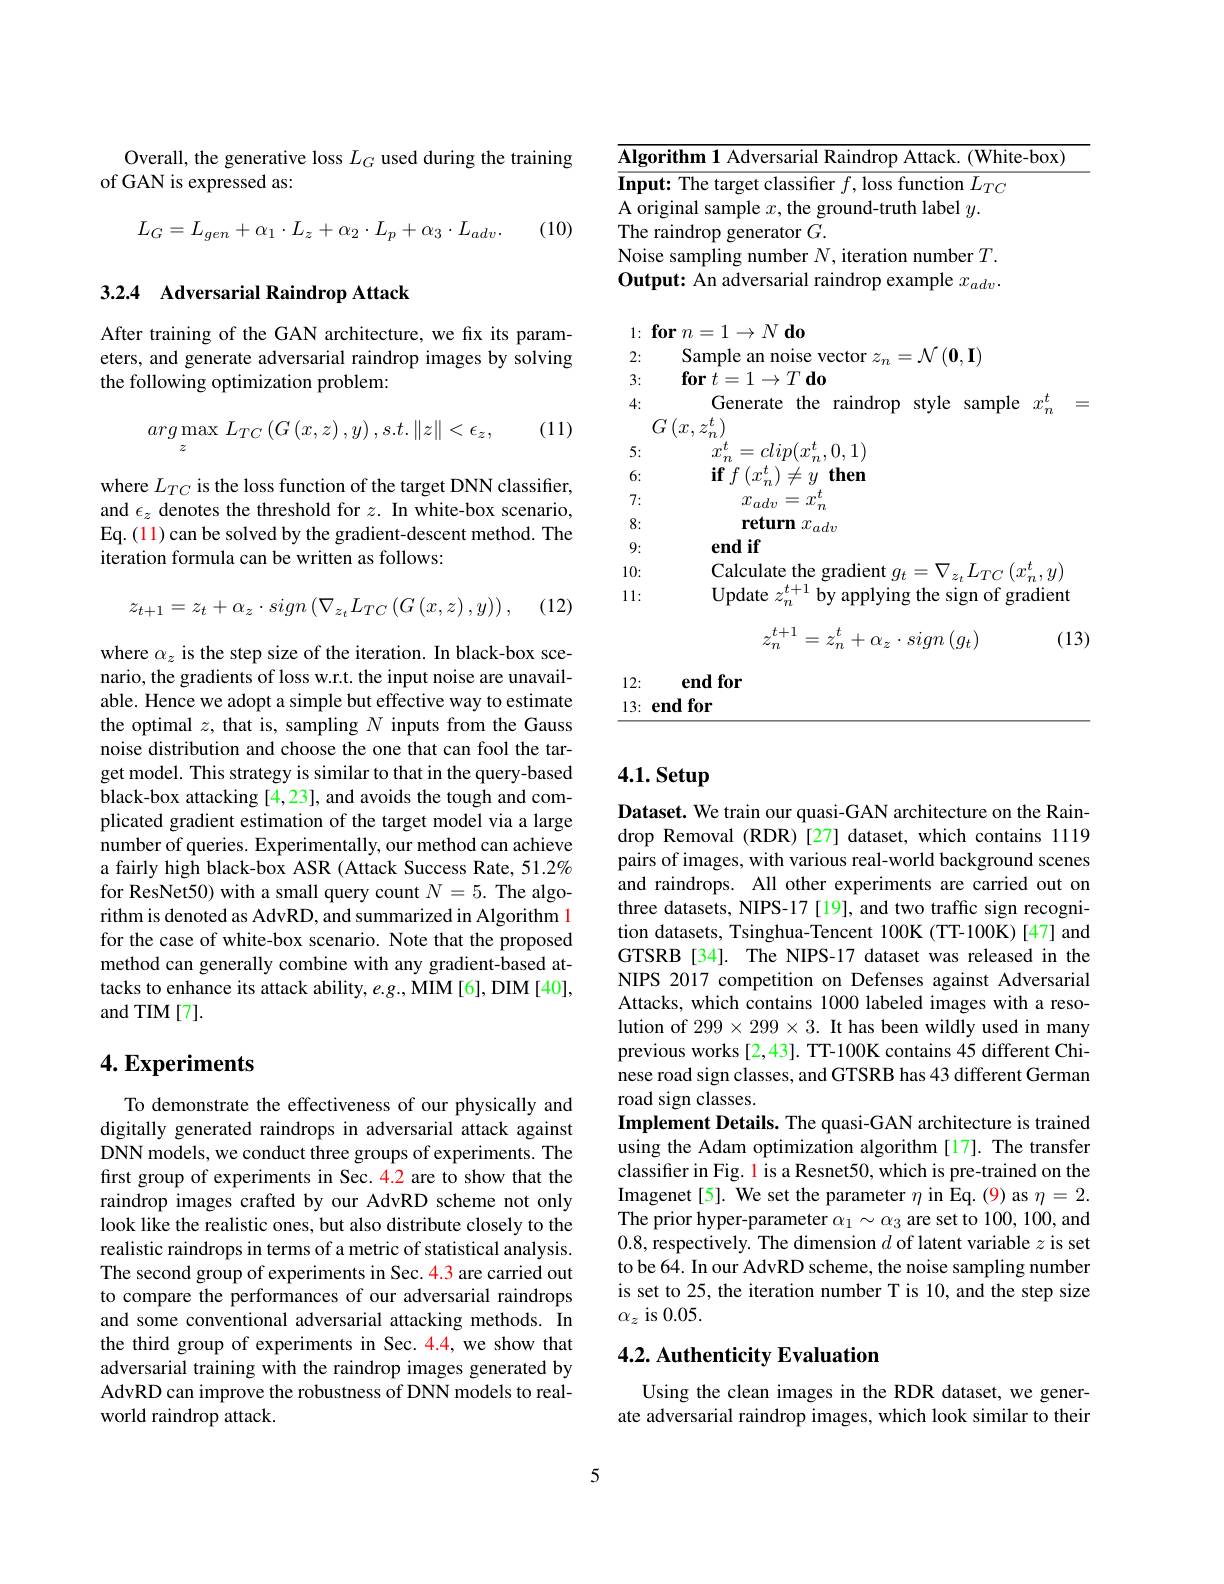
Algorithm 1 Adversarial Raindrop Attack. (White-box)
$\overline{\textbf{Input: The target classiffer }f,\text{loss function }L_{TC}}$
A original sample $x$,the ground-truth label $y.$
The raindrop generator $G.$
Noise sampling number $N$, iteration number $T.$ Output: An adversarial raindrop example $x_{adv}.$

$1\nobreak {: } \textbf{for}n= 1\to N\textbf{do}$

2:

Sample an noise vector $z_n=\mathcal{N}\left(\mathbf{0},\mathbf{I}\right)$

$\textbf{for}t= 1\to T\textbf{do}$

3:

4:

Generate the raindrop style sample $x_n^t=$

$G\left(x,z_{n}^{t}\right)_{\star}$

5:

6:

$x_{n}^{t}=clip(x_{n}^{t},0,1)$ $\textbf{if}^{^{^{\prime}}}f\left(x_{n}^{t}\right)\neq y$ then
$x_{adv}=\bar{x_n^t}$ return $x_{adv}$
end if

7:

8:

9:

10:

$\mathop{\mathrm{Calculate~the~gradient~}}g_{t}=\nabla_{z_{t}}L_{TC}\left(x_{n}^{t},y\right)$ Update $z_n^{t+1}$ by applying the sign of gradient

11:
$$z_n^{t+1}=z_n^t+\alpha_z\cdot sign\left(g_t\right)$$
(13)

end for

12:

13: end for

Overall, the generative loss $L_G$ used during the training
of GAN is expressed as:
$$L_G=L_{gen}+\alpha_1\cdot L_z+\alpha_2\cdot L_p+\alpha_3\cdot L_{adv}.$$
(10)

## 3.2.4 Adversarial Raindrop Attack

After training of the GAN architecture, we fix its parameters, and generate adversarial raindrop images by solving the following optimization problem:
$$arg\max\limits_{z}L_{TC}\left(G\left(x,z\right),y\right),s.t.\left\|z\right\|<\epsilon_{z},$$
(11)

where $L_{TC}$ is the loss function of the target DNN classifier, and $\epsilon_z$ denotes the threshold for $z.$ In white-box scenario, Eq. (11) can be solved by the gradient-descent method. The iteration formula can be written as follows:

(12)
$$z_{t+1}=z_{t}+\alpha_{z}\cdot sign\left(\nabla_{z_{t}}L_{TC}\left(G\left(x,z\right),y\right)\right),$$
where $\alpha_z$ is the step size of the iteration. In black-box scenario, the gradients of loss w.r.t. the input noise are unavailable. Hence we adopt a simple but effective way to estimate the optimal $z$, that is, sampling $N$ inputs from the Gauss noise distribution and choose the one that can fool the target model. This strategy is similar to that in the query-based black-box attacking [4,23], and avoids the tough and complicated gradient estimation of the target model via a large number of queries. Experimentally, our method can achieve a fairly high black-box ASR (Attack Success Rate, 51.2% for ResNet50) with a small query count $N=5.$ The algorithm is denoted as AdvRD, and summarized in Algorithm l for the case of white-box scenario. Note that the proposed method can generally combine with any gradient-based attacks to enhance its attack ability, e.g., MIM [6], DIM [40], and TIM [7].

## $4. \textbf{Experiments}$

To demonstrate the effectiveness of our physically and digitally generated raindrops in adversarial attack against DNN models, we conduct three groups of experiments. The first group of experiments in Sec. 4.2 are to show that the raindrop images crafted by our AdvRD scheme not only look like the realistic ones, but also distribute closely to the realistic raindrops in terms of a metric of statistical analysis. The second group of experiments in Sec.4.3 are carried out to compare the performances of our adversarial raindrops and some conventional adversarial attacking methods. In the third group of experiments in Sec.4.4,we show that adversarial training with the raindrop images generated by AdvRD can improve the robustness of DNN models to realworld raindrop attack.

# 4.1. Setup

Dataset. We train our quasi-GAN architecture on the Raindrop Removal (RDR)[27] dataset, which contains 1119 pairs of images, with various real-world background scenes and raindrops. All other experiments are carried out on three datasets, NIPS-17 [19], and two traffic sign recognition datasets, Tsinghua-Tencent 100K (TT-100K)[47] and GTSRB[34]. The NIPS-17 dataset was released in the NIPS 2017 competition on Defenses against Adversarial Attacks, which contains 1000 labeled images with a resolution of $299\times299\times3.$ It has been wildly used in many previous works [2,43]. TT-100K contains 45 different Chinese road sign classes, and GTSRB has 43 different German road sign classes.
Implement Details. The quasi-GAN architecture is trained using the Adam optimization algorithm[17]. The transfer classifier in Fig. l is a Resnet50, which is pre-trained on the Imagenet[5]. We set the parameter $\eta$ in Eq.(9) as $\eta=2.$ The prior hyper-parameter $\alpha_1\sim\alpha_3$ are set to 100,100,and 0.8, respectively. The dimension $d$ of latent variable $z$ is set to be 64. In our AdvRD scheme, the noise sampling number is set to 25, the iteration number T is 10, and the step size $\alpha_z$ is 0.05.

## 4.2. Authenticity Evaluation

Using the clean images in the RDR dataset, we generate adversarial raindrop images, which look similar to their

5